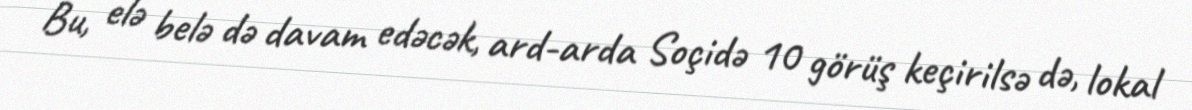
Bu, elə belə də davam edəcək, ard-arda Soçidə 10 görüş keçirilsə də, lokal